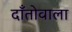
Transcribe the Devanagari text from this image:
दाँतोवाला